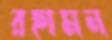
রহামন